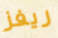
ريفز